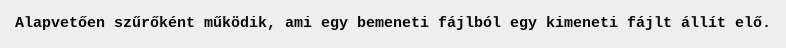
Alapvetően szűrőként működik, ami egy bemeneti fájlból egy kimeneti fájlt állít elő.